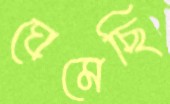
ঘেমেছি